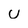
Character: u